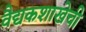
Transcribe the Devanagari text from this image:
वैद्यकशाखेची